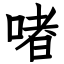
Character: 啫